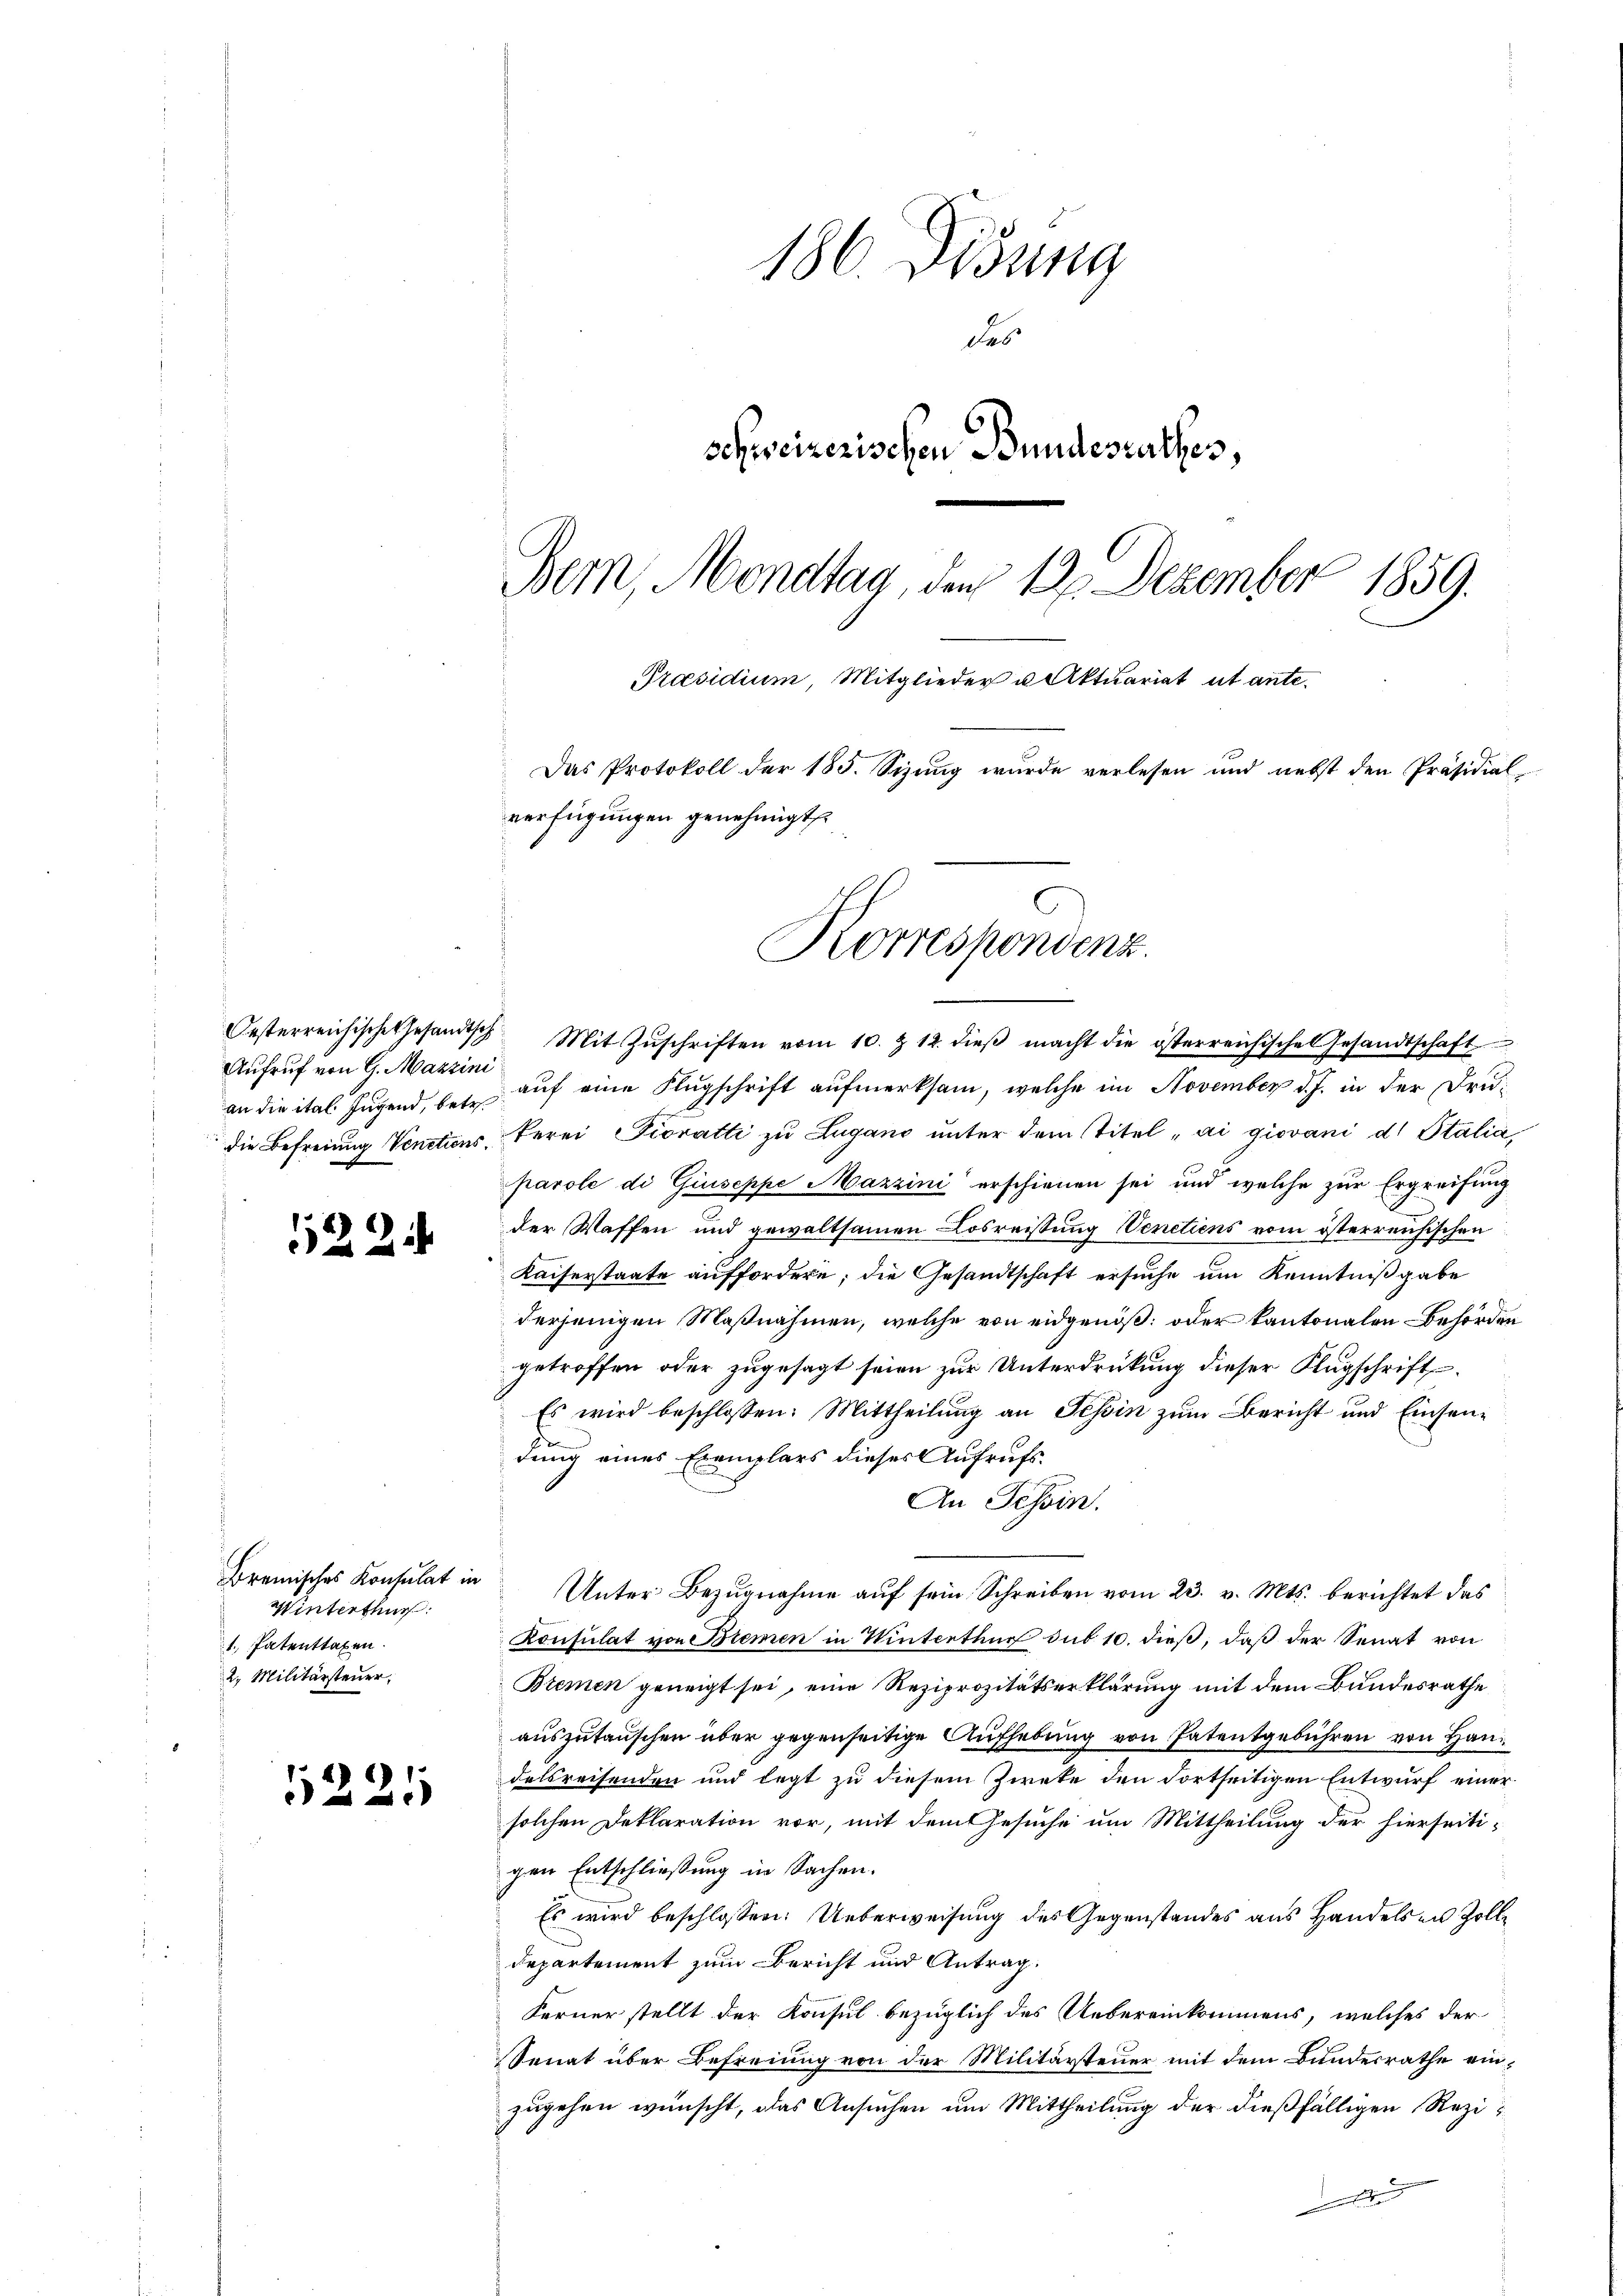
Aufruf von G. Mazzini

522

Bremisches Konsulat in
Winterthur:
1. Patenttaxen.
2. Militärsteuer,

5221

186. Didung
des
schweizerischen Bundesrathes,
Bern, Mondtag, den 12. Dezember 1859.
Praesidium, Mitglieder u Aktuariat ut ante¬
Das Protokoll der 185. Sizung wurde verlesen und nebst den Präsidial-
verfügungen genehmigt

Korrespondenz.

Oesterreichische Gesandtsch Mit Zŭschriften vom 10. Z. 12. dieβ macht die österreichische Gesandtschaft
an die ital Jugend, se auf eine Flugschrift aufmerksam, welche im November d. J. in der Drudie Befreiung Venctions Verei Pioratti zu Lugano unter dem Titel „ai giovani d. Stalia,
parole di Giuseppe Mazzini erschienen sei und welche zur Ergreifung
der Waffen und gewaltsamen Losreissung Venetiens vom österreichischen
Kaiserstaate auffordern; die Gesandtschaft ersuche um Kenntnißgabe
derjenigen Maßnahmen, welche von eidgenöß: oder kantonalen Behörden
getroffen oder zugesagt seien zur Unterdrückung dieser Klugschrift¬
Es wird beschlossen: Mittheilung an Tessin zum Bericht und Einsendung eines Exemplars dieses Aufrufs¬
An Tessin.
Unter Bezugnahme auf sein Schreiben vom 23. v. Mts. berichtet das
Konsulat von Bremen in Winterthur sub 10. dieß, daß der Senat von
Btemen geneigt sei, eine Reziprozitätserklärung mit dem Bundesrathe
auszutauschen über gegenseitige Aufhebung von Patentgebühren von Handelsreisenden und legt zu diesem Zweke den Fortseitigen Entwurf einer
solchen Deklaration vor, mit dem Gesuche um Mittheilung der hierseiti-
gen Entschliessung in Sachen.
Es wird beschlossen: Ueberweisung des Gegenstandes aus Handels in Zoll¬
Departement zum Bericht und Antrag.
Ferner stellt der Konsul bezüglich des Uebereinkommens, welches der
Senat über Befreiung von der Militärsteuer mit dem Bundesrathe einzugehen wünscht, das Ansuchen um Mittheilung der dießfälligen Rezie